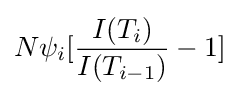
N{\psi _{i}}[{\frac {I(T_{i})}{I(T_{i-1})}}-1]